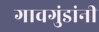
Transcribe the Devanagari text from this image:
गावगुंडांनी